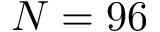
N = 9 6